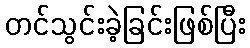
တင်သွင်းခဲ့ခြင်းဖြစ်ပြီး